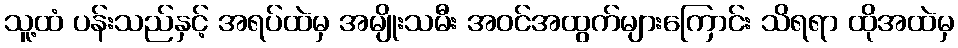
သူ့ထံ ပန်းသည်နှင့် အရပ်ထဲမှ အမျိုးသမီး အဝင်အထွက်များကြောင်း သိရရာ ထိုအထဲမှ